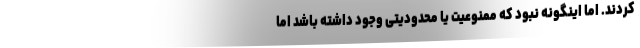
کردند. اما اینگونه نبود که ممنوعیت یا محدودیتی وجود داشته باشد اما